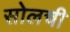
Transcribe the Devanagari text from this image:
सोलची